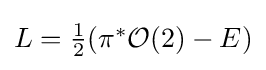
{\textstyle L={\frac {1}{2}}(\pi ^{*}{\mathcal {O}}(2)-E)}